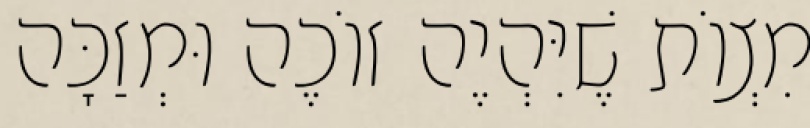
מִצְוֹת שֶׁיִּהְיֶה זוֹכֶה וּמְזַכָּה